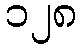
၁၂၈